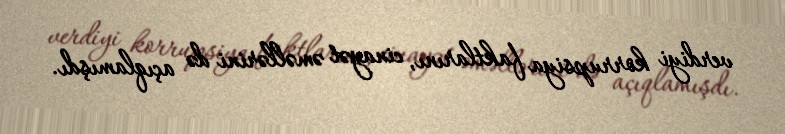
verdiyi korrupsiya faktlarını, cinayət əməllərini də açıqlamışdı.